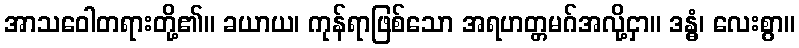
အာသဝေါတရားတို့၏။ ခယာယ၊ ကုန်ရာဖြစ်သော အရဟတ္တမဂ်အလို့ငှာ။ ဒန္ဓံ၊ လေးစွာ။